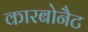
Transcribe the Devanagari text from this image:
कारबोनैट